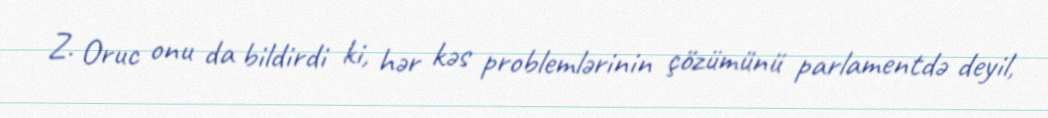
Z. Oruc onu da bildirdi ki, hər kəs problemlərinin çözümünü parlamentdə deyil,